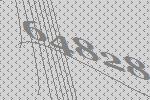
64828